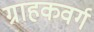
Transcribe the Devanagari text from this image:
ग्राहकवर्ग